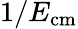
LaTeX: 1/E_{\mathrm{{cm}}}